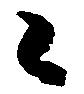
々